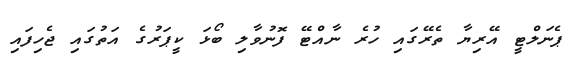
ޕެނަލްޓީ އޭރިޔާ ތެރޭގައި ހުރެ ނާއްޓޭ ފޮނުވާލި ބޯޅަ ކީޕަރުގެ އަތުގައި ޖެހިފައި